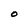
Character: O